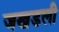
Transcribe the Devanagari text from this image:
जखडली